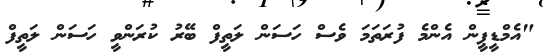
"އެމްޑީޕީން އެންމެ ފުރަތަމަ ވެސް ހަސަން ލަތީފް ބޭރު ކުރަންވީ ހަސަން ލަތީފް